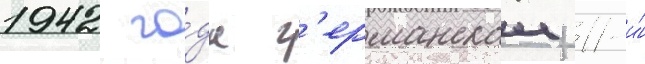
1942 го́да г'ерманскои 11-и́